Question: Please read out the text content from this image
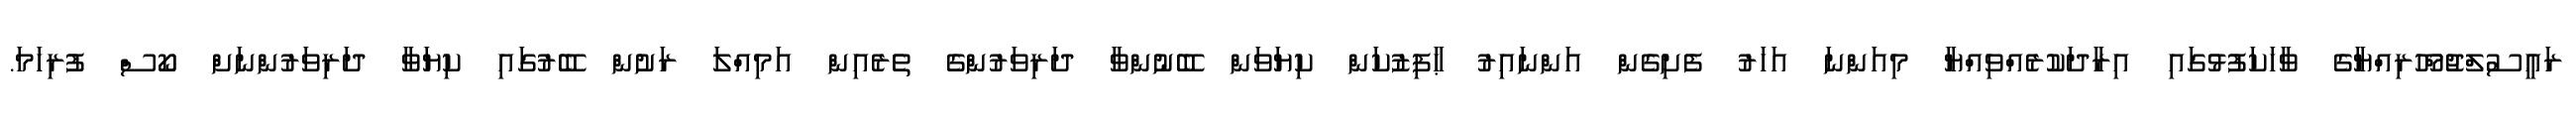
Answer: ރައީސުލްޖުމްހޫރިއްޔާގެ ވާހަކަފުޅުގައި އިރާދަކުރެއްވިއްޔާ މިއަންނަ އަހަރު ފެށިގެން އަންނައިރު ޙާފިޒުކަން ކިޔަވަން ބޭނުންވާ ދަރިވަރުންގެ ތެރެއިން އަމިއްލަ ރަށުން ބޭރުގައި ކިޔަވާ ދަރިވަރުންނަށް ކޯސް ފުރިހަމަ.